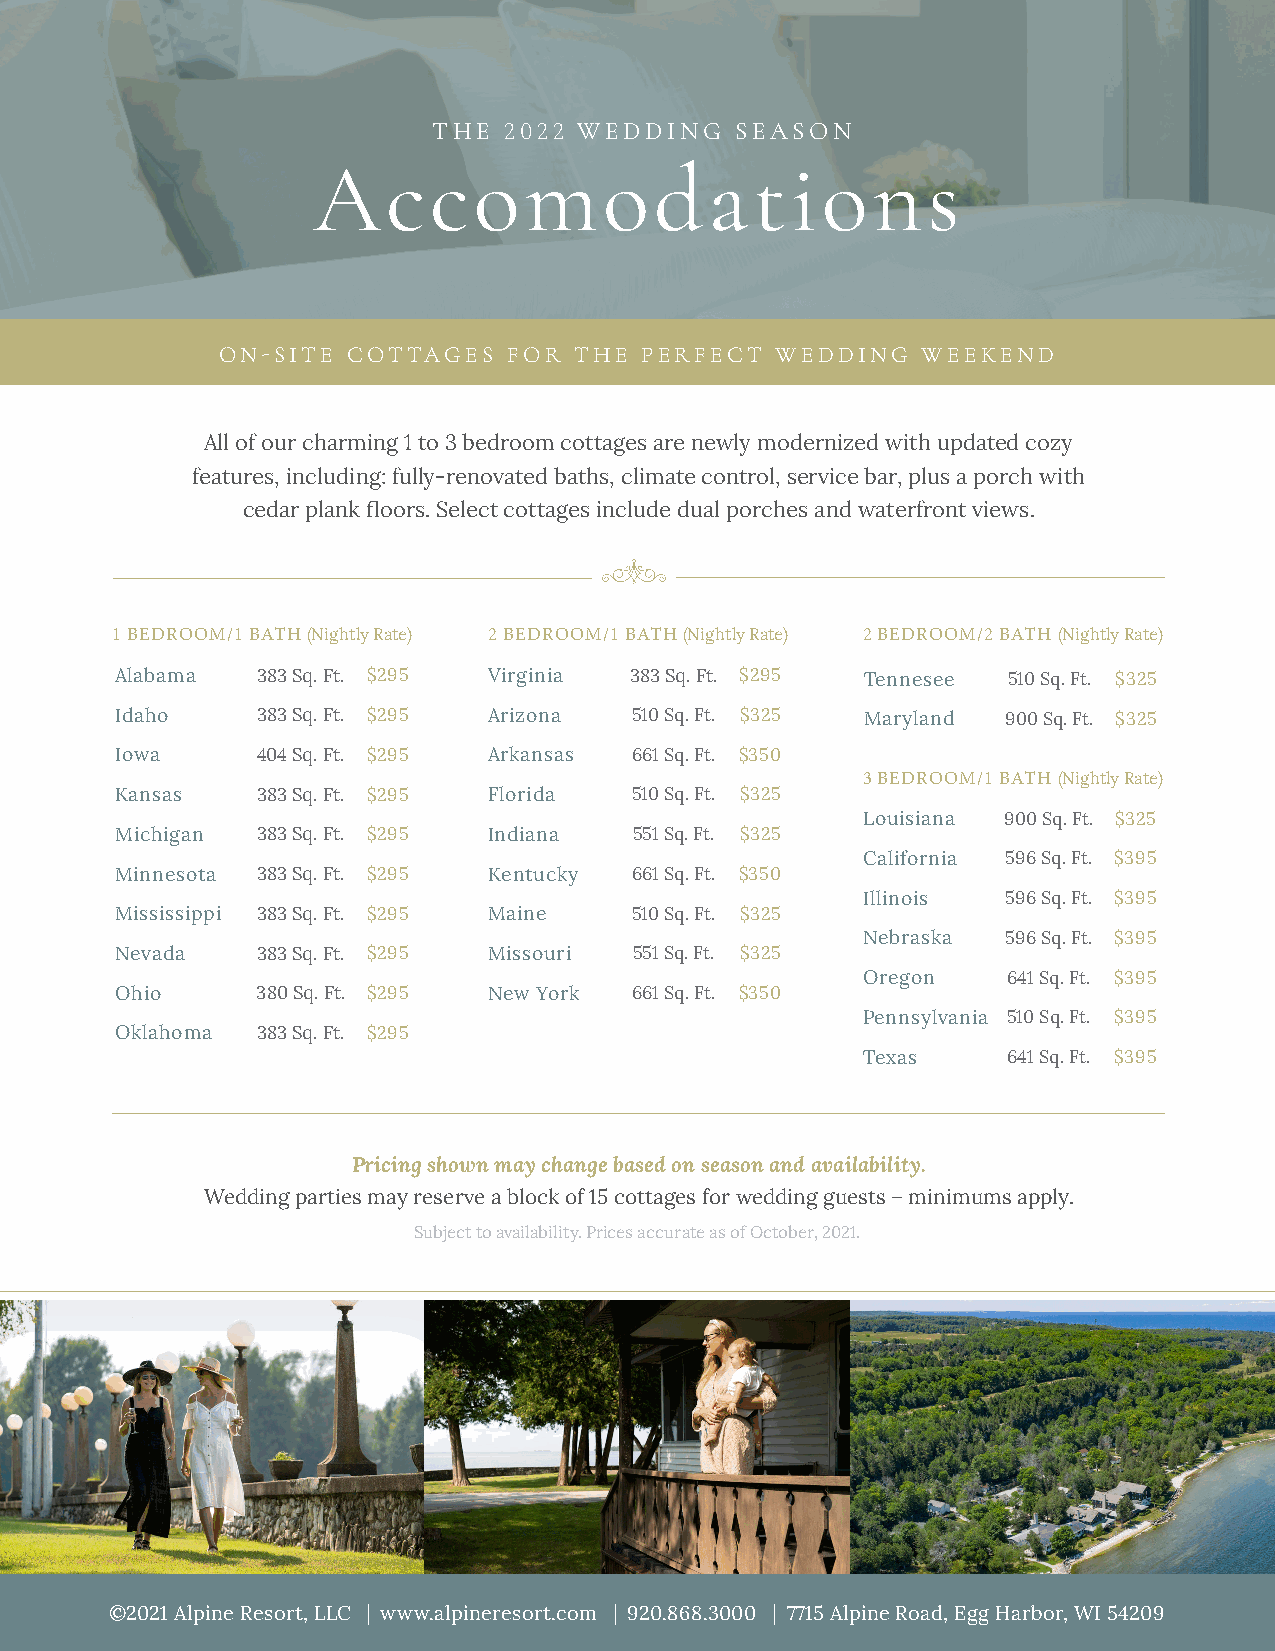
THE 2022 WEDDING    SEASON
 Accomodations
 ON-SITE COTTAGES   FOR THE PERFECT  WEDDING   WEEKEND
 All of our charming 1 to 3 bedroom cottages are newly modernized with updated cozy
 features, including: fully-renovated baths, climate control, service bar, plus a porch with
 cedar plank floors. Select cottages include dual porches and waterfront views.
 1 BEDROOM/1 BATH (Nightly Rate) 2 BEDROOM/1 BATH (Nightly Rate) 2 BEDROOM/2 BATH (Nightly Rate)
 Alabama  383 Sq. Ft. $295 Virginia 383 Sq. Ft. $295 Tennesee 510 Sq. Ft. $325
 Idaho    383 Sq. Ft. $295 Arizona 510 Sq. Ft. $325 Maryland 900 Sq. Ft. $325
 Iowa     404 Sq. Ft. $295 Arkansas 661 Sq. Ft. $350
 3 BEDROOM/1 BATH (Nightly Rate)
 Kansas   383 Sq. Ft. $295 Florida 510 Sq. Ft. $325
 Louisiana 900 Sq. Ft. $325
 Michigan 383 Sq. Ft. $295 Indiana 551 Sq. Ft. $325
 California 596 Sq. Ft. $395
 Minnesota 383 Sq. Ft. $295 Kentucky 661 Sq. Ft. $350
 Illinois  596 Sq. Ft. $395
 Mississippi 383 Sq. Ft. $295 Maine 510 Sq. Ft. $325
 Nebraska  596 Sq. Ft. $395
 Nevada   383 Sq. Ft. $295 Missouri 551 Sq. Ft. $325
 Oregon    641 Sq. Ft. $395
 Ohio     380 Sq. Ft. $295 New York 661 Sq. Ft. $350
 Pennsylvania 510 Sq. Ft. $395
 Oklahoma 383 Sq. Ft. $295
 Texas     641 Sq. Ft. $395
 Pricing shown may change based on season and availability.
 Wedding parties may reserve a block of 15 cottages for wedding guests – minimums apply.
 Subject to availability. Prices accurate as of October, 2021.
 ©2021 Alpine Resort, LLC | www.alpineresort.com | 920.868.3000 | 7715 Alpine Road, Egg Harbor, WI 54209